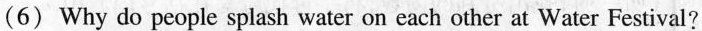
(6) Why do people splash water on each other at Water Festival?